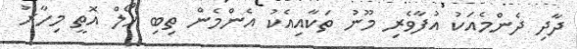
ދާދި ދެންމެއަކު އުފާވެރި މޫނު ތަކާއިއެކު އެންމެން ތިބި ހޯލް އޮތީ މިހާރު